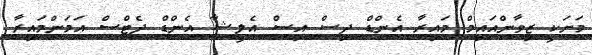
މަށަކީ ޒިވާންއައިމް މައިރާ އެންޑް ދިސް އިސް އެލީޝާ އެންޑް ދެޓްސް އަމަންމައިރާ